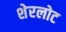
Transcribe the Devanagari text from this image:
शेरलोट